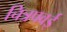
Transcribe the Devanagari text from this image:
चित्रपवई